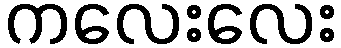
ကလေးလေး